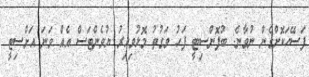
ފަސޭހަކޮށްގެން ނުވާނެ: ބުފޮންސިޓީ ފަހު ވަގުތު މޮޅުވިއިރު ޔުވެންޓަސް އެއް ވަނަ އަށްސިޓީ